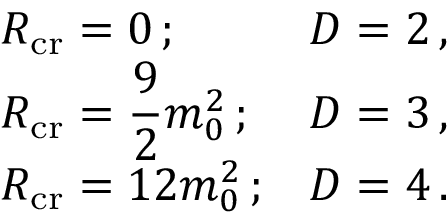
\begin{array} { l l } { { R _ { \mathrm { c r } } = 0 \, ; } } & { { D = 2 \, , } } \\ { { \displaystyle R _ { \mathrm { c r } } = \frac { 9 } { 2 } m _ { 0 } ^ { 2 } \, ; } } & { { D = 3 \, , } } \\ { { R _ { \mathrm { c r } } = 1 2 m _ { 0 } ^ { 2 } \, ; } } & { { D = 4 \, . } } \end{array}